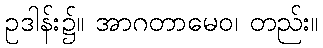
ဥဒါန်း၌။ အာဂတာမေဝ၊ တည်း။